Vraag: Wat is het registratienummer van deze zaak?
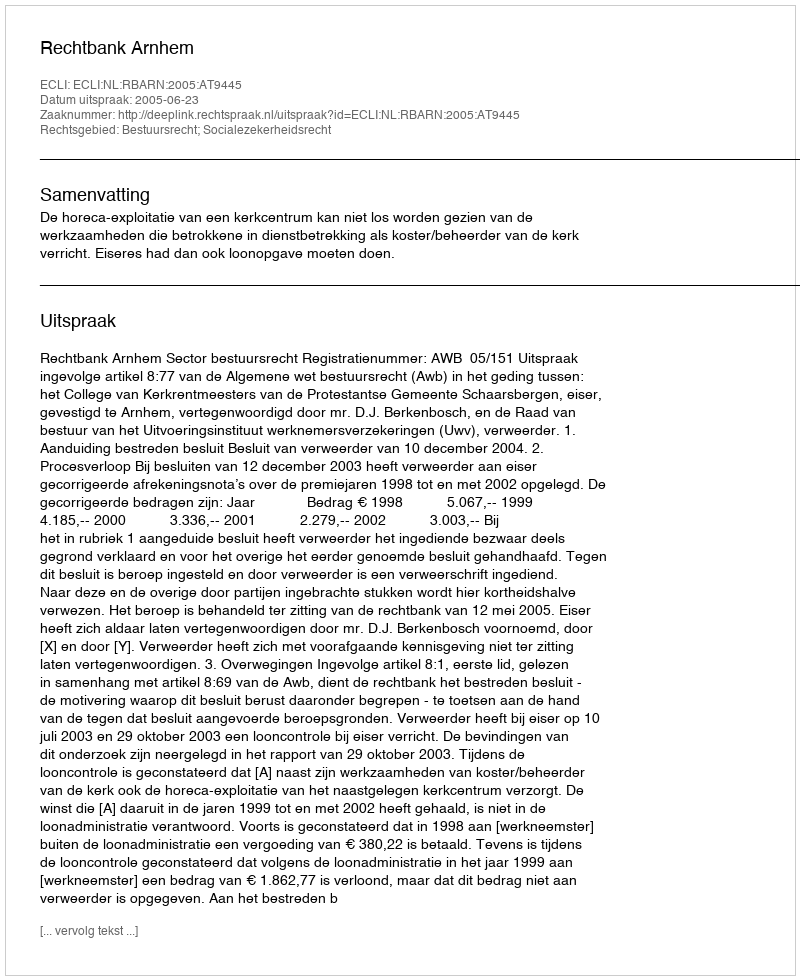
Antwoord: http://deeplink.rechtspraak.nl/uitspraak?id=ECLI:NL:RBARN:2005:AT9445